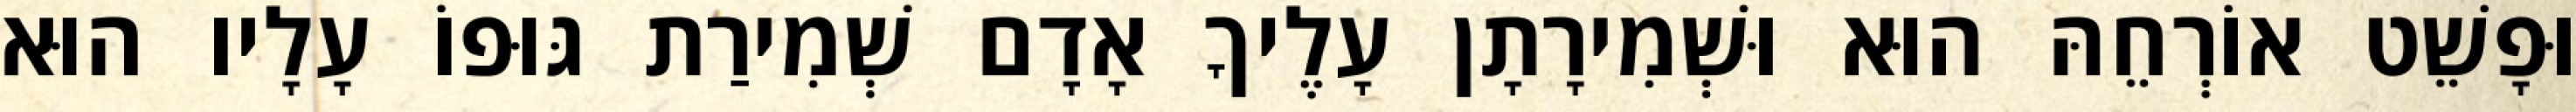
וּפָשֵׁט אוֹרְחֵהּ הוּא וּשְׁמִירָתָן עָלֶיךָ אָדָם שְׁמִירַת גּוּפוֹ עָלָיו הוּא